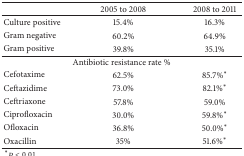
<table><thead><tr><td><b> </b></td><td><b>2005 to 2008</b></td><td><b>2008 to 2011</b></td></tr></thead><tbody><tr><td>Culture positive</td><td>15.4%</td><td>16.3%</td></tr><tr><td>Gram negative</td><td>60.2%</td><td>64.9%</td></tr><tr><td>Gram positive</td><td>39.8%</td><td>35.1%</td></tr><tr><td colspan="3">Antibiotic resistance rate %</td></tr><tr><td>Cefotaxime</td><td>62.5%</td><td>85.7%*</td></tr><tr><td>Ceftazidime</td><td>73.0%</td><td>82.1%*</td></tr><tr><td>Ceftriaxone</td><td>57.8%</td><td>59.0%</td></tr><tr><td>Ciprofloxacin</td><td>30.0%</td><td>59.8%*</td></tr><tr><td>Ofloxacin</td><td>36.8%</td><td>50.0%*</td></tr><tr><td>Oxacillin</td><td>35%</td><td>51.6%*</td></tr></tbody></table>